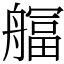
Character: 䒄